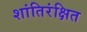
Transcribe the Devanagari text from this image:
शांतिरंक्षित